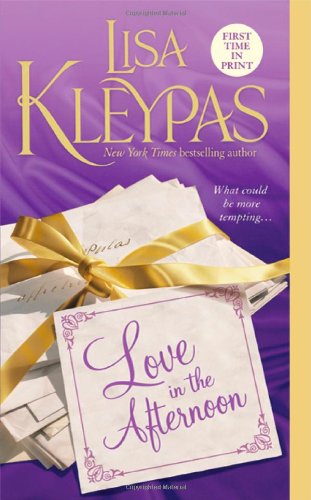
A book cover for Love in the Afternoon (Hathaways, Book 5); Lisa Kleypas; Romance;